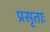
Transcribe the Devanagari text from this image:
प्रसृताः